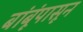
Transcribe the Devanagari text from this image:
बांबूंपासून